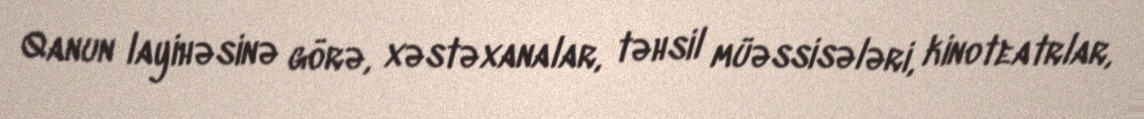
Qanun layihəsinə görə, xəstəxanalar, təhsil müəssisələri, kinoteatrlar,